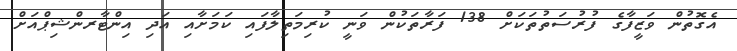
އެގޮތުން ވަޒީފާގެ ފުރުސަތުތަކަށް 138 ފަރާތަކުން ވަނީ ކުރިމަތިލާފައި ކަމަށާއި އަދި އިންޓާރންޝިޕްއަށް